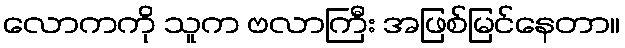
လောကကို သူက ဗလာကြီး အဖြစ်မြင်နေတာ။